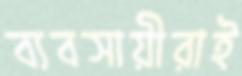
ব্যবসায়ীরাই